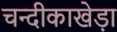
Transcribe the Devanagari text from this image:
चन्दीकाखेड़ा